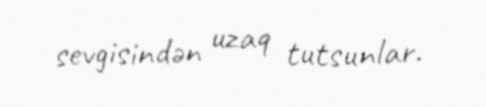
sevgisindən uzaq tutsunlar.